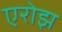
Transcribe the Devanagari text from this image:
एरोझ